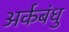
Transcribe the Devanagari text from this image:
अर्कबंधु